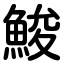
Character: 鮻